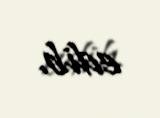
edib.